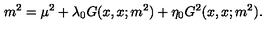
m ^ { 2 } = \mu ^ { 2 } + \lambda _ { 0 } G ( x , x ; m ^ { 2 } ) + \eta _ { 0 } G ^ { 2 } ( x , x ; m ^ { 2 } ) .